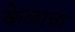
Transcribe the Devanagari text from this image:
केळाचा